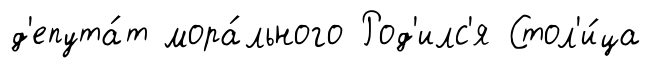
д'епута́т мора́льного Род'илс'я Стол'и́ца